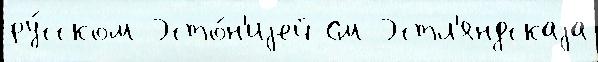
ру́сском Эсто́н'иjей См Эстл'яндскаjа